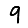
Digit: 9